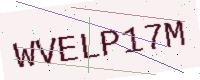
Text: WVELP17M